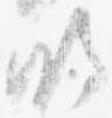
明